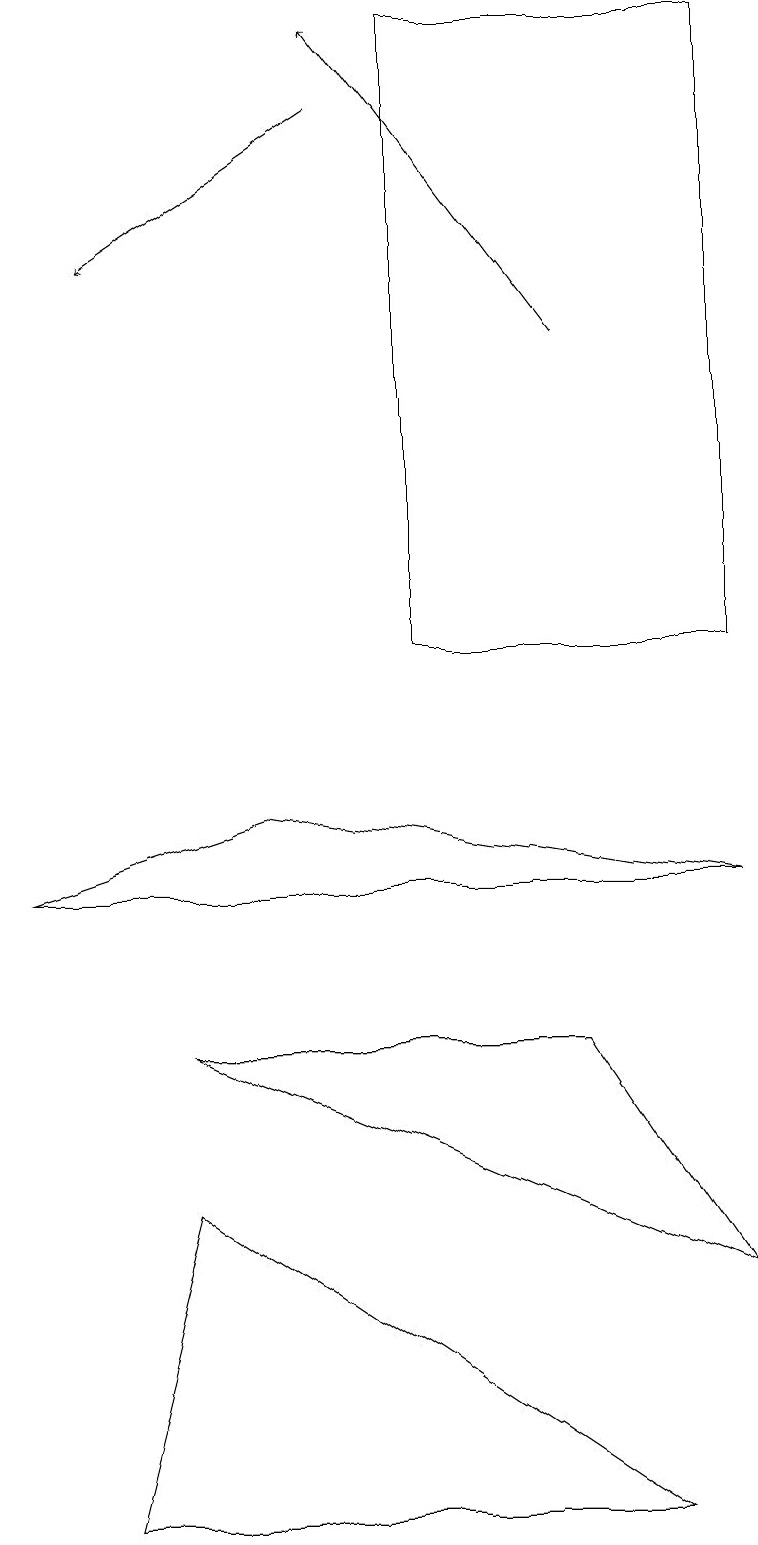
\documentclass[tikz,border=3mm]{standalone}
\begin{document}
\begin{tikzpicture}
\draw (5,19) rectangle (9,11);
\draw[->] (7,15) -- (4,19);
\draw (9,8) -- (0,8) -- (3,9) -- cycle;
\draw (8,0) -- (1,0) -- (2,4) -- cycle;
\draw[->] (4,18) -- (1,16);
\draw (9,3) -- (7,6) -- (2,6) -- cycle;
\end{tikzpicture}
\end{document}